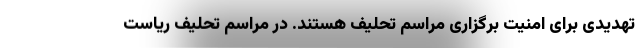
تهدیدی برای امنیت برگزاری مراسم تحلیف هستند. در مراسم تحلیف ریاست